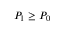
P _ { 1 } \ge P _ { 0 }